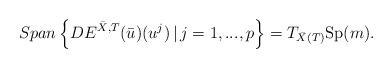
LaTeX: \begin{align*}Span \left\{DE^{\bar{X},T}(\bar{u})(u^j)\, \vert \, j=1,...,p \right\}=T_{\bar{X}(T)}\mbox{Sp}(m).\end{align*}